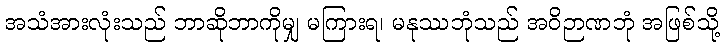
အသံအားလုံးသည် ဘာဆိုဘာကိုမျှ မကြားရ၊ မနုဿဘုံသည် အဝိဉာဏဘုံ အဖြစ်သို့